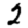
Digit: 2